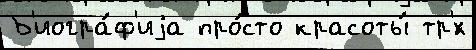
Б'иогра́ф'иjа про́сто красоты́ тр'́х